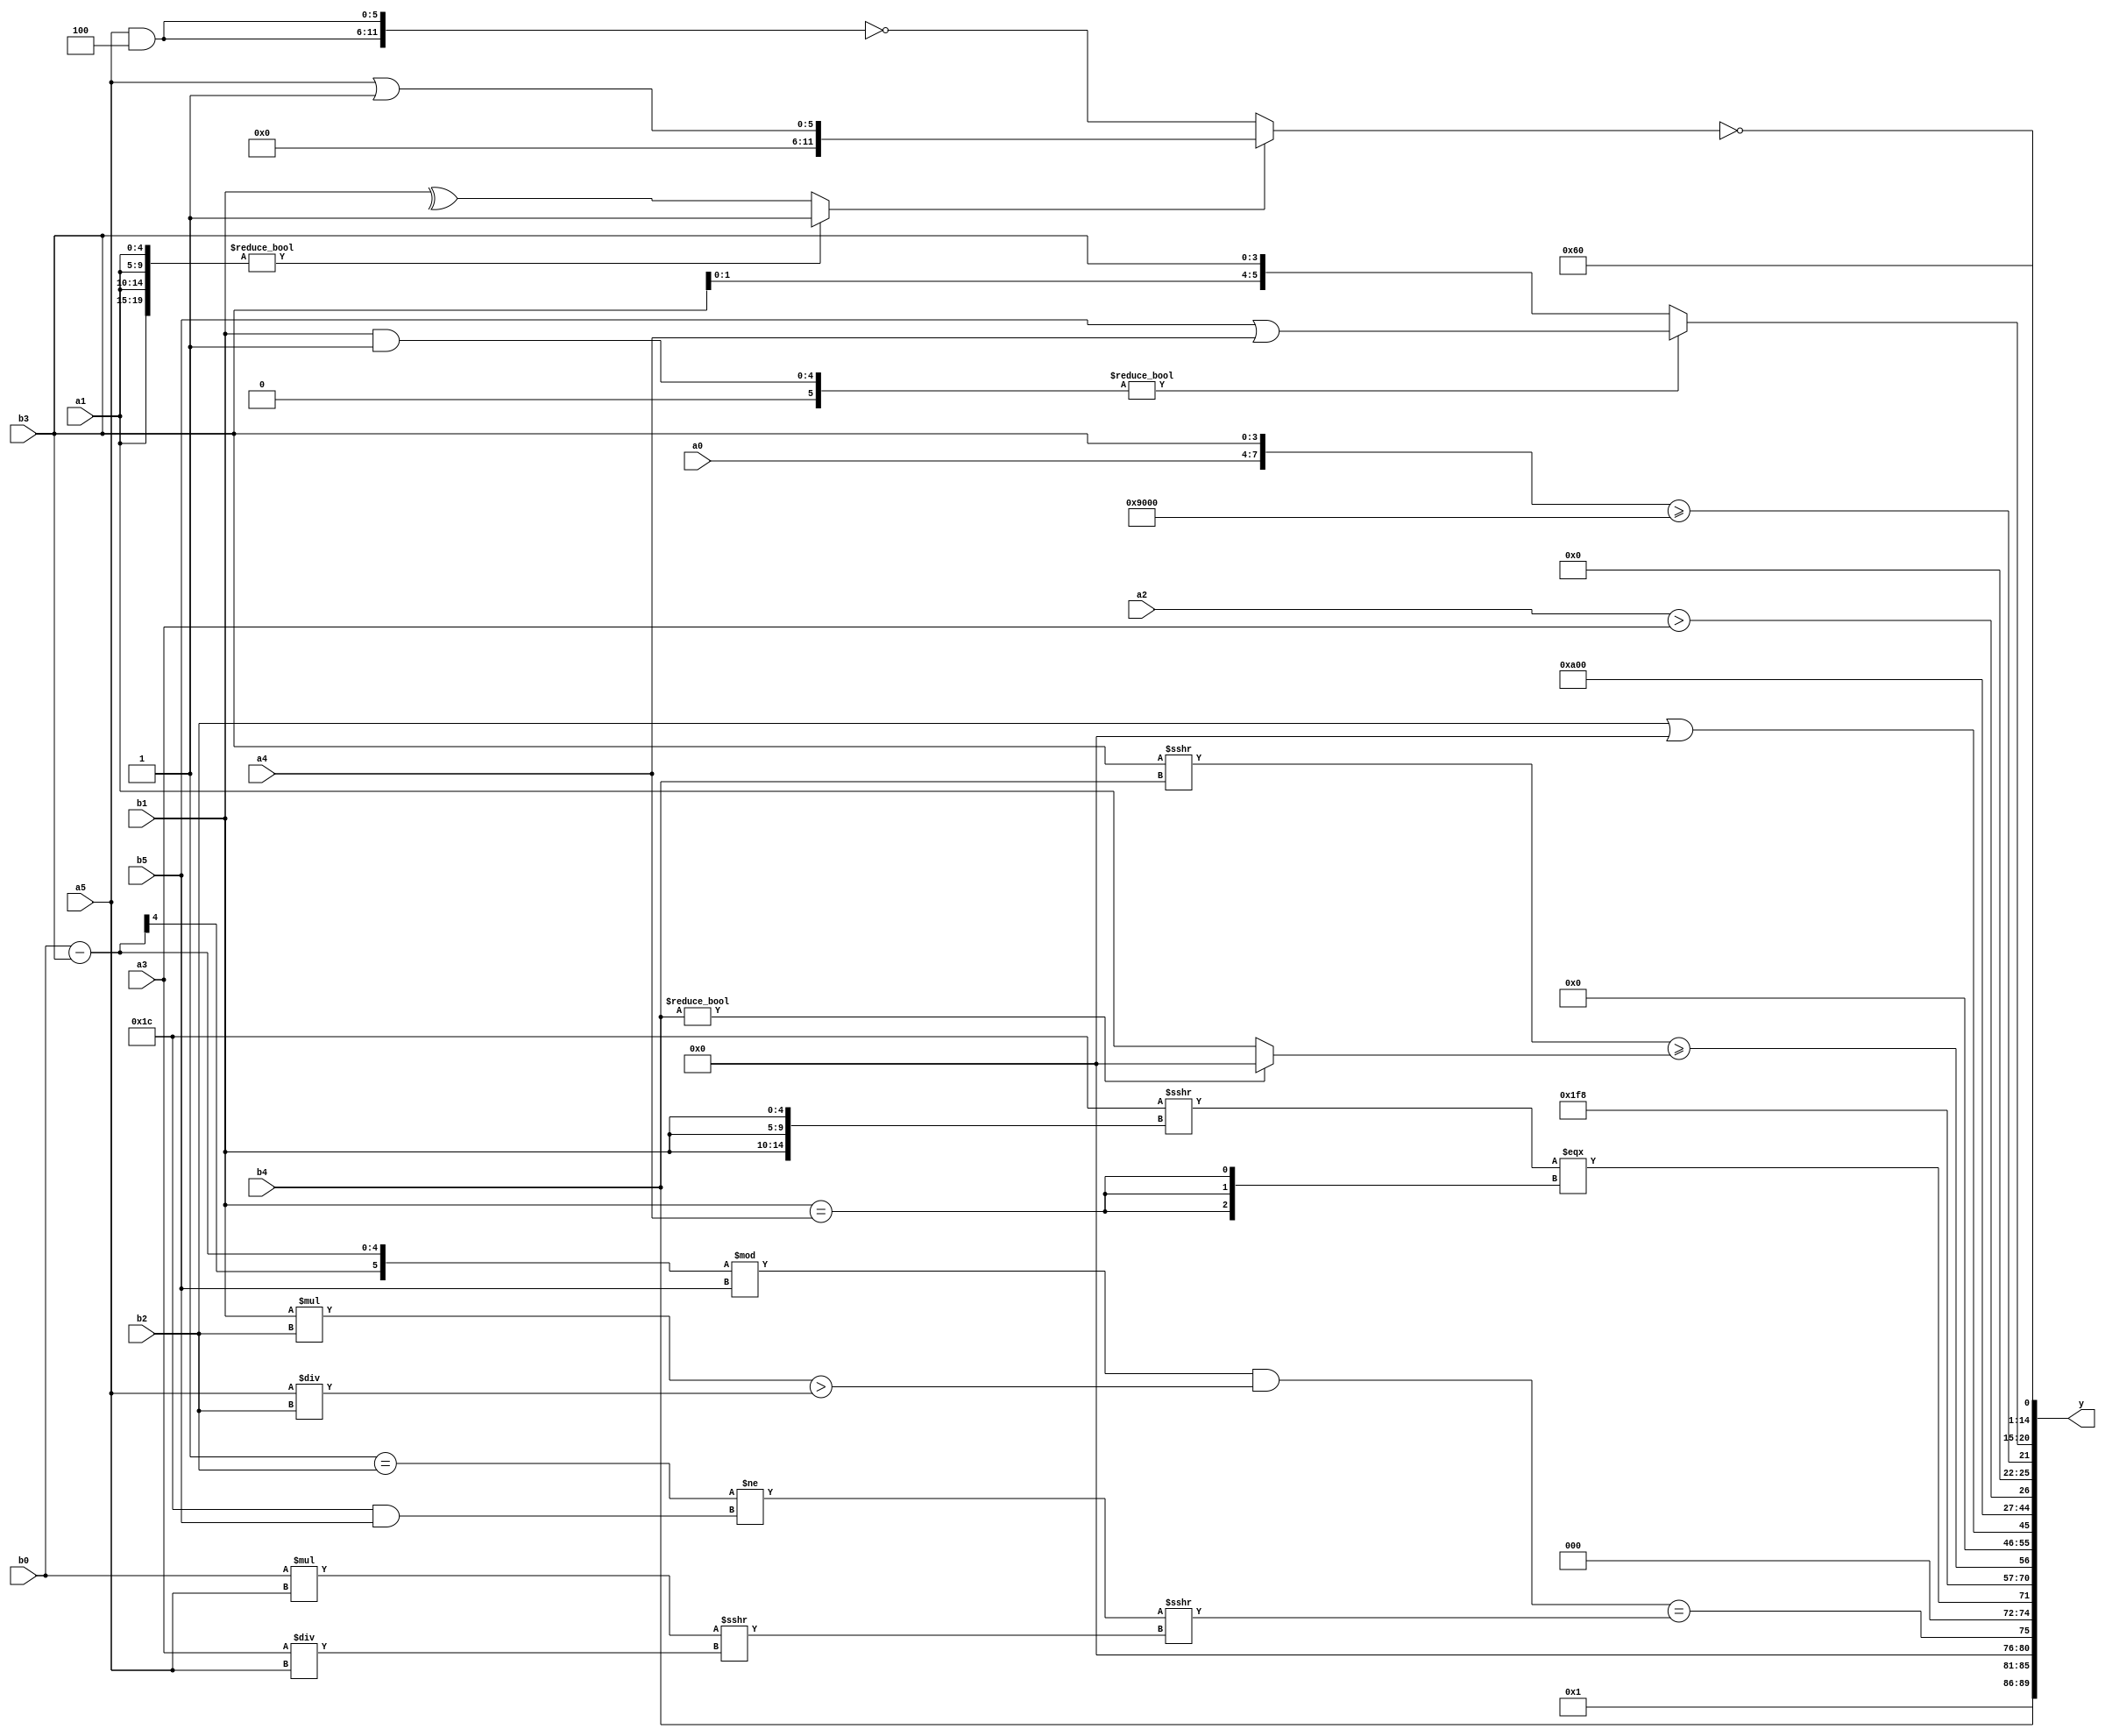
module expression_00951(a0, a1, a2, a3, a4, a5, b0, b1, b2, b3, b4, b5, y);
  input [3:0] a0;
  input [4:0] a1;
  input [5:0] a2;
  input signed [3:0] a3;
  input signed [4:0] a4;
  input signed [5:0] a5;

  input [3:0] b0;
  input [4:0] b1;
  input [5:0] b2;
  input signed [3:0] b3;
  input signed [4:0] b4;
  input signed [5:0] b5;

  wire [3:0] y0;
  wire [4:0] y1;
  wire [5:0] y2;
  wire signed [3:0] y3;
  wire signed [4:0] y4;
  wire signed [5:0] y5;
  wire [3:0] y6;
  wire [4:0] y7;
  wire [5:0] y8;
  wire signed [3:0] y9;
  wire signed [4:0] y10;
  wire signed [5:0] y11;
  wire [3:0] y12;
  wire [4:0] y13;
  wire [5:0] y14;
  wire signed [3:0] y15;
  wire signed [4:0] y16;
  wire signed [5:0] y17;

  output [89:0] y;
  assign y = {y0,y1,y2,y3,y4,y5,y6,y7,y8,y9,y10,y11,y12,y13,y14,y15,y16,y17};

  localparam [3:0] p0 = ((+(~&(5'd4)))?((5'd28)?(2'd2):(4'd15)):((-5'sd8)?(4'd11):(4'd12)));
  localparam [4:0] p1 = (~^(((!(4'sd6))?(!(5'sd6)):((-4'sd3)<(-3'sd3)))<{4{(-2'sd0)}}));
  localparam [5:0] p2 = (5'd18);
  localparam signed [3:0] p3 = (&{{(2'd0),(5'd1),(4'sd0)},((!(-4'sd3))!=((5'd30)+(-3'sd3))),(4'd11)});
  localparam signed [4:0] p4 = (((-3'sd3)|(-5'sd3))+((-2'sd1)|(4'd1)));
  localparam signed [5:0] p5 = (^(~^(^(~|(|(&(-3'sd2)))))));
  localparam [3:0] p6 = ((+((2'd2)?(5'sd14):(-3'sd0)))^{4{(5'd12)}});
  localparam [4:0] p7 = {2{((+((4'd1)!==(4'd1)))<=((-4'sd0)>(4'sd5)))}};
  localparam [5:0] p8 = ({((5'd21)-(3'd2)),{(-5'sd2)},{(2'd3)}}>=({(4'd4),(-5'sd5),(3'd5)}^~((-2'sd1)!=(3'sd2))));
  localparam signed [3:0] p9 = (~&(~&(((^(5'd27))>((-2'sd0)<<<(2'd3)))<<(~(((3'd6)>(2'd0))>((5'd24)/(5'sd15)))))));
  localparam signed [4:0] p10 = {(~|(3'd2))};
  localparam signed [5:0] p11 = (^(~|(-(6'd2 * (!(~(4'd8)))))));
  localparam [3:0] p12 = ((~&(!{(5'sd2),(3'sd2),(2'd2)}))===({(-4'sd5),(3'd0)}!==(|((3'd2)&(-5'sd8)))));
  localparam [4:0] p13 = (-(-2'sd0));
  localparam [5:0] p14 = (~^(-(((-4'sd1)+(-5'sd3))>>>{(4'd9),(-5'sd14),(4'sd2)})));
  localparam signed [3:0] p15 = (+(4'sd7));
  localparam signed [4:0] p16 = ((5'd1)/(4'd15));
  localparam signed [5:0] p17 = (5'd13);

  assign y0 = ((~|(p10==p6))?(2'd1):(2'd3));
  assign y1 = {2{(p1?b4:p10)}};
  assign y2 = ((((b0-b3)%b5)&((b1*b2)>(a5/b2)))==(((p12==b2)!=(p4&b5))>>>((b0*a5)>>>(a3/a5))));
  assign y3 = (((-5'sd4)>>>{3{b1}})==={{3{(b1==a4)}}});
  assign y4 = (!p2);
  assign y5 = $signed((!$signed(({2{($unsigned((!((2'd0)||(2'd1)))))}}))));
  assign y6 = ((5'sd11)?((b3>>>b4)>=(b4?p5:a1)):(-(a3?p10:p7)));
  assign y7 = ((~(~|(p17?p12:p7)))?(^(^(p1?p10:p15))):(((p16?p9:p3)?(!p10):(p13))));
  assign y8 = ((p9?p7:b2)||(p16-p10));
  assign y9 = (3'd0);
  assign y10 = {1{(3'd5)}};
  assign y11 = (p9&&p1);
  assign y12 = (a2>a3);
  assign y13 = ({a0,b3}>={p2,p10,p8});
  assign y14 = ((b1&p11)?{(b5|a4)}:{4{b3}});
  assign y15 = {3{(&(&(5'sd2)))}};
  assign y16 = (5'd3);
  assign y17 = (!(({4{a1}}?(~^p5):(^b1))?({2{p15}}?(a5|p12):(p17>>>p0)):(~{2{(a5&p4)}})));
endmodule